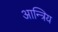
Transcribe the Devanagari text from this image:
आन्त्रिय